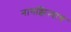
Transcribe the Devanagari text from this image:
नागझिऱ्याचं